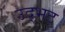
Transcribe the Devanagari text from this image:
उद्‌भट